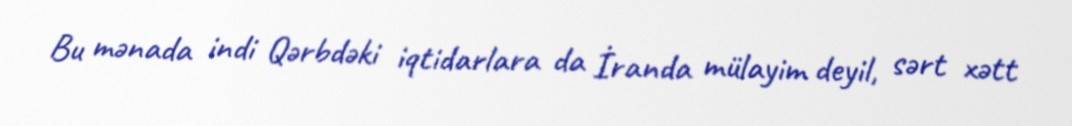
Bu mənada indi Qərbdəki iqtidarlara da İranda mülayim deyil, sərt xətt